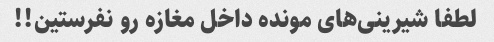
لطفا شیرینی‌های مونده داخل مغازه رو نفرستین!!